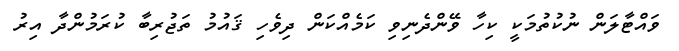
ވައްޓާލަން ނުކުތުމަކީ ކިހާ ވޭންދެނިވި ކަމެއްކަން ދިވެހި ޤައުމު ތަޖުރިބާ ކުރަމުންދާ އިރު